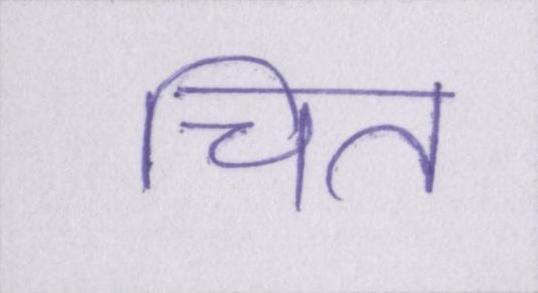
चित